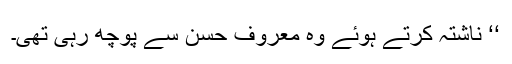
‘‘ ناشتہ کرتے ہوئے وہ معروف حسن سے پوچھ رہی تھی۔